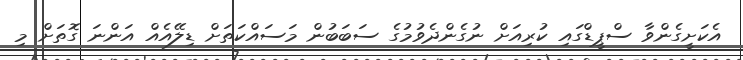
އެކަށީގެންވާ ސްޕީޑްގައި ކުރިއަށް ނުގެންދެވުމުގެ ސަބަބުން މަސައްކަތަށް ޑިލޭއެއް އަންނަ ގޮތަށް މި